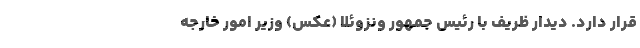
قرار دارد. دیدار ظریف با رئیس جمهور ونزوئلا (عکس) وزیر امور خارجه